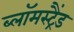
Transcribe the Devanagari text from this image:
ब्लॉमस्ट्रैंड